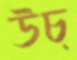
উচ্